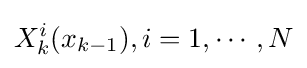
X_{k}^{i}(x_{k-1}),i=1,\cdots ,N